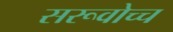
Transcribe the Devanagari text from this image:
सरूवोच्च